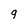
Character: q